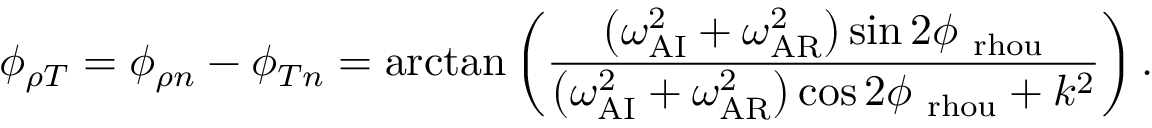
\phi _ { \rho T } = \phi _ { \rho n } - \phi _ { T n } = \arctan \left( \frac { \left( \omega _ { \mathrm { A I } } ^ { 2 } + \omega _ { \mathrm { A R } } ^ { 2 } \right) \sin { 2 \phi _ { \mathrm { \ r h o u } } } } { \left( \omega _ { \mathrm { A I } } ^ { 2 } + \omega _ { \mathrm { A R } } ^ { 2 } \right) \cos { 2 \phi _ { \mathrm { \ r h o u } } } + k ^ { 2 } } \right) .